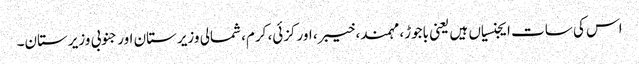
اس کی سات ایجنسیاں ہیں یعنی باجوڑ، مہمند، خیبر، اورکزئی، کرم، شمالی وزیرستان اور جنوبی وزیرستان۔